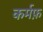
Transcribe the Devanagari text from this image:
कर्मफ़